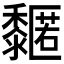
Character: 𪐌